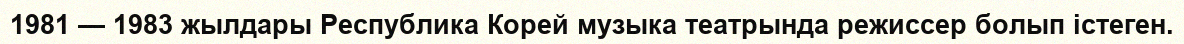
1981 — 1983 жылдары Республика Корей музыка театрында режиссер болып істеген.